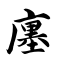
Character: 廛